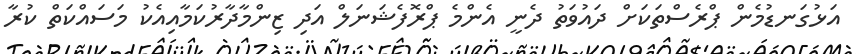
އަޅުގަނޑުމެން ޕްރެސްތަކަށް ދައުވަތު ދެނީ އެންމެ ޕްރޮފެޝަނަލް އަދި ޒިންމާދާރުކަމާއިއެކު މަސައްކަތް ކުރާ